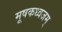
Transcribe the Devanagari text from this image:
मूषकध्वजम्